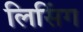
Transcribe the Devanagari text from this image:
लिसिंग